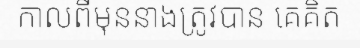
កាលពីមុននាងត្រូវបាន គេគិត